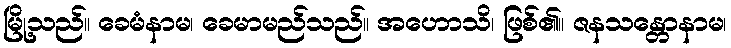
မြို့သည်။ ခေမံနာမ၊ ခေမာမည်သည်။ အဟောသိ၊ ဖြစ်၏။ ဇနသန္တောနာမ၊